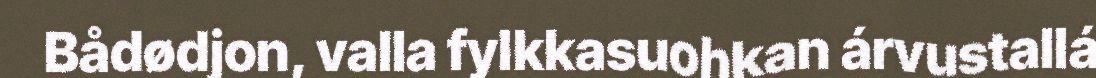
Bådødjon, valla fylkkasuohkan árvustallá